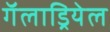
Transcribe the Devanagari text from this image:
गॅलाड्रियेल